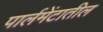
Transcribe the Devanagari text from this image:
पार्लमेंटातील